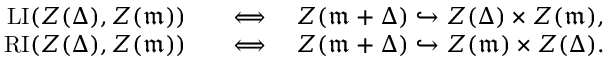
\begin{array} { r l } { \mathrm { L I } ( Z ( \Delta ) , Z ( \mathfrak { m } ) ) } & { \quad \Longleftrightarrow \quad Z ( \mathfrak { m } + \Delta ) \hookrightarrow Z ( \Delta ) \times Z ( \mathfrak { m } ) , } \\ { \mathrm { R I } ( Z ( \Delta ) , Z ( \mathfrak { m } ) ) } & { \quad \Longleftrightarrow \quad Z ( \mathfrak { m } + \Delta ) \hookrightarrow Z ( \mathfrak { m } ) \times Z ( \Delta ) . } \end{array}